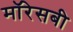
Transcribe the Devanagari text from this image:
मॉरेसबी